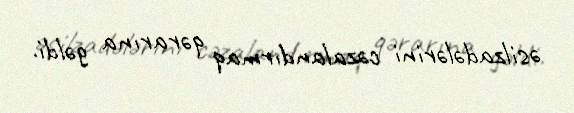
əsilzadələrini cəzalandırmaq qərarına gəldi.